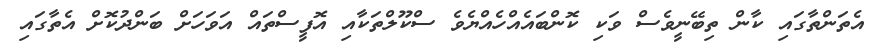
އެތަންތާގައި ކާން ތިބޭނީވެސް ވަކި ކޮންބައެއްހެއްޔެވެ ސްކޫލްތަކާއި އޮފީސްތައް އަވަހަށް ބަންދުކޮށް އެތާގައި